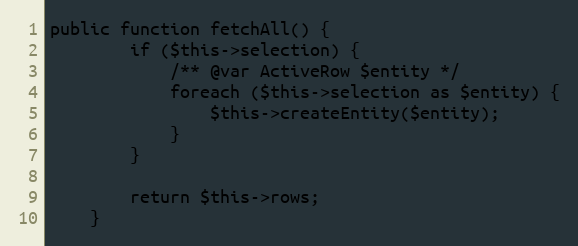
Language: PHP
public function fetchAll() {
		if ($this->selection) {
			/** @var ActiveRow $entity */
			foreach ($this->selection as $entity) {
				$this->createEntity($entity);
			}
		}

		return $this->rows;
	}